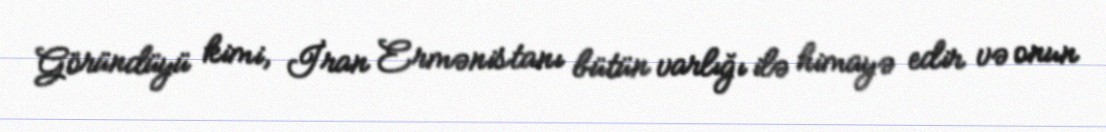
Göründüyü kimi, İran Ermənistanı bütün varlığı ilə himayə edir və onun